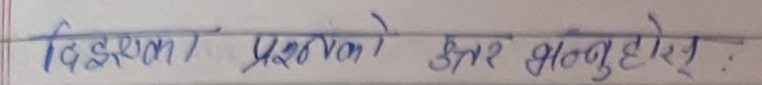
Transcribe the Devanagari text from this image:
दिएका प्रश्नको उत्तर भन्नुहोस् :